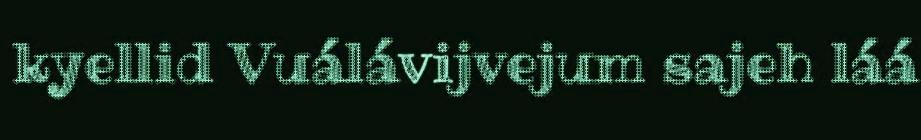
kyellid Vuálávijvejum sajeh láá